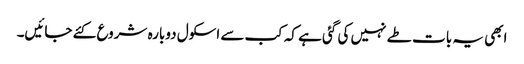
ابھی یہ بات طے نہیں کی گئی ہے کہ کب سے اسکول دوبارہ شروع کئے جائیں۔